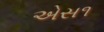
એસ૧